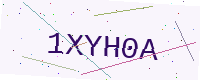
Text: 1XYH0A